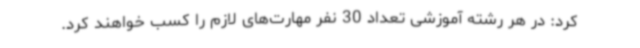
کرد: در هر رشته آموزشی تعداد 30 نفر مهارت‌های لازم را کسب خواهند کرد.